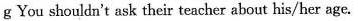
g You shouldn't ask their teacher about his/her age.